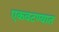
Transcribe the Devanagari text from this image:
एकवटण्यात